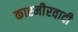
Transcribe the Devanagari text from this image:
काश्‍मीेरवादी